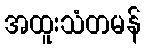
အထူးသံတမန်